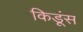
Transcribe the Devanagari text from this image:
किडूंस